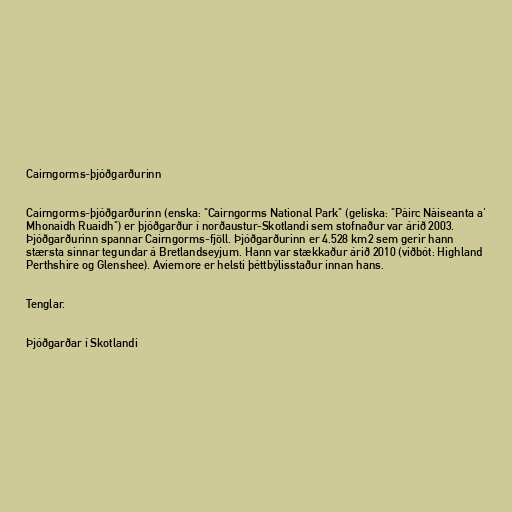
Cairngorms-þjóðgarðurinn

Cairngorms-þjóðgarðurinn (enska: "Cairngorms National Park" (gelíska: "Pàirc Nàiseanta a'
Mhonaidh Ruaidh") er þjóðgarður í norðaustur-Skotlandi sem stofnaður var árið 2003.
Þjóðgarðurinn spannar Cairngorms-fjöll. Þjóðgarðurinn er 4.528 km2 sem gerir hann
stærsta sinnar tegundar á Bretlandseyjum. Hann var stækkaður árið 2010 (viðbót: Highland
Perthshire og Glenshee). Aviemore er helsti þéttbýlisstaður innan hans.

Tenglar.

Þjóðgarðar í Skotlandi